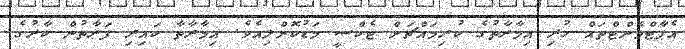
އެޕާޓްމެންޓްތައް ހުރި އިމާރާތުގެ ކުރިމައްޗަށް ޓެކްސީ މަޑުކޮށްލިއެވެ. އިމާރާތާ ކައިރި ފަރާތުން ކާރުގެ